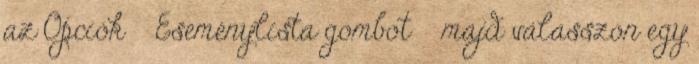
az Opciók → Eseménylista gombot → majd válasszon egy